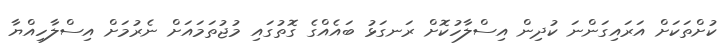
ކުށްތަަކަށް އަރައިގަންނަ ކުދިން އިސްލާހުކޮށް ރަނގަޅު ބައެއްގެ ގޮތުގައި މުޖުތަމައަށް ނެރުމަށް އިސްލާހިއްޔާ